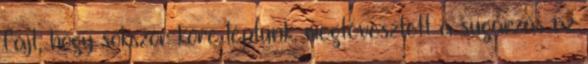
fájt, hogy sokszor kőre léptünk, megtévesztett a sugárzás az